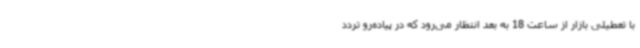
با تعطیلی بازار از ساعت 18 به بعد انتظار می‌رود که در پیاده‌رو تردد